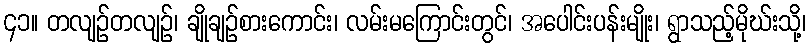
၄၁။ တလျဉ်တလျဉ်၊ ချိုချဉ်စားကောင်း၊ လမ်းမကြောင်းတွင်၊ အပေါင်းပန်းမျိုး၊ ရွာသည့်မိုဃ်းသို့၊